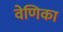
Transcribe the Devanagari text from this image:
वेणिका